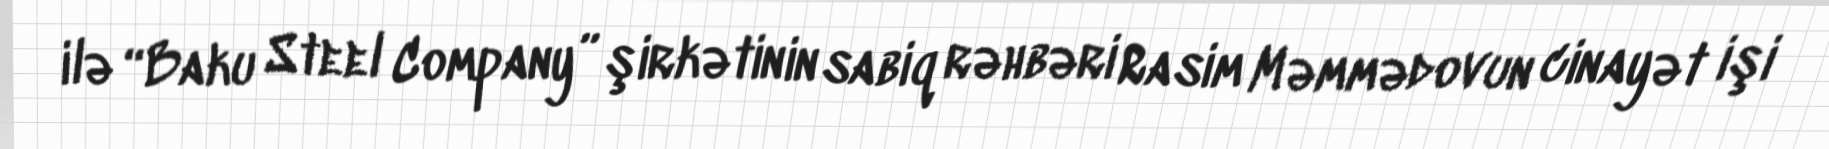
ilə “Baku Steel Company” şirkətinin sabiq rəhbəri Rasim Məmmədovun cinayət işi